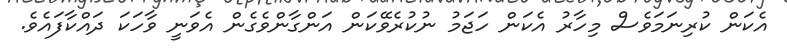
އެކަން ކުރިނަމަވެސް މިހާރު އެކަން ހަޖަމު ނުކުރެވޭކަން އަންގާންވެގެން އެވަނީ ވާހަކަ ދައްކާފައެވެ.